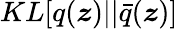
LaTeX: KL[q(\boldsymbol{z})||\bar{q}(\boldsymbol{z})]